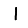
Digit: 1